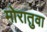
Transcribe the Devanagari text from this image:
मोरातुवा